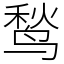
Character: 鹙